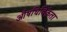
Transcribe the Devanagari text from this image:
औषधिविक्रेता